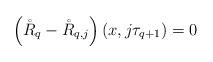
LaTeX: \begin{align*}\left( \mathring R_q - \mathring R_{q,j}\right)(x,j \tau_{q+1}) = 0\end{align*}